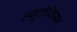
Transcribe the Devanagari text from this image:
ल्यूटीशियम